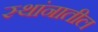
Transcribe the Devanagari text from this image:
स्थांनातील